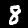
Digit: 8